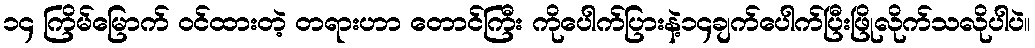
၁၄ ကြိမ်မြောက် ဝင်ထားတဲ့ တရားဟာ တောင်ကြီး ကိုပေါက်ပြားနဲ့၁၄ချက်ပေါက်ပြီးဖြိုလိုက်သလိုပါပဲ။